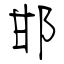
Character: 邯